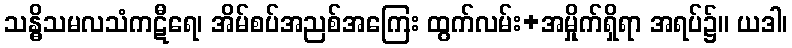
သန္ဓိသမလသံကဋီရေ၊ အိမ်စပ်အညစ်အကြေး ထွက်လမ်း+အမှိုက်ရှိရာ အရပ်၌။ ယဒါ၊